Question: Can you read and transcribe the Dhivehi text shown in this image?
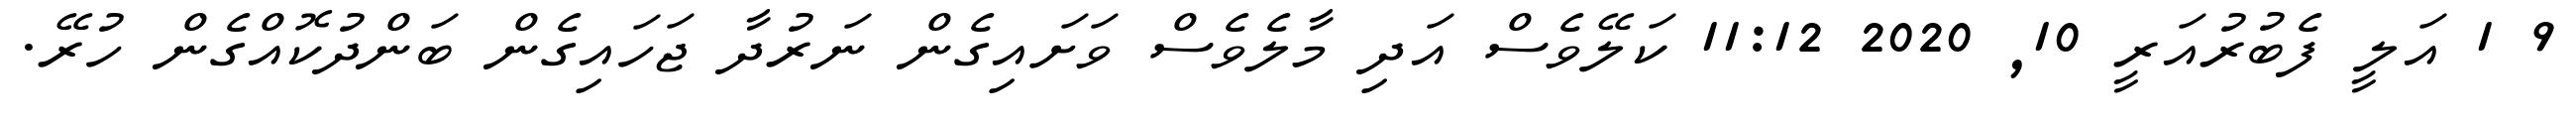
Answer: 9 1 އަލީ ފެބުރުއަރީ 10, 2020 11:12 ކަލޭވެސް އަދި މާލެވެސް ވަށައިގެން ނަރުދާ ޖަހައިގެން ބަންދުކޮއްގެން ހުރޭ.